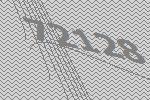
72128